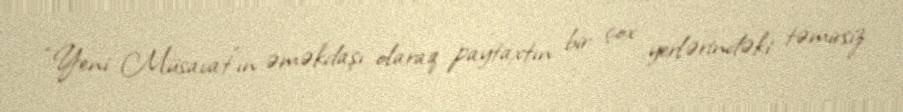
“Yeni Müsavat”ın əməkdaşı olaraq paytaxtın bir çox yerlərindəki təmirsiz